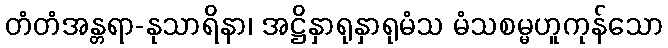
တံတံအန္တရာ-နုသာရိနာ၊ အဋ္ဌိနှာရုနှာရုမံသ မံသစမ္မဟူကုန်သော